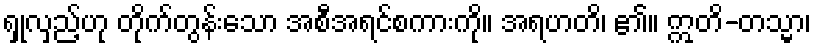
ရှုလှည့်ဟု တိုက်တွန်းသော အစီအရင်စကားကို။ အရဟတိ၊ ၏။ ဣတိ-တသ္မာ၊